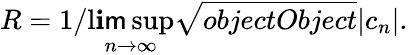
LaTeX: R=1/\operatorname*{l\mathbf{i}\mathsf{m}sup}_{n\rightarrow\infty}{\sqrt{{{objectObject}}}{{|c_{n}|}}}.